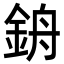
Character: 𨦞